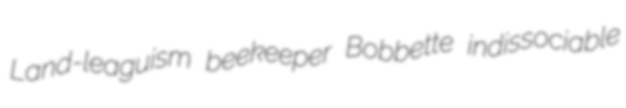
Land-leaguism beekeeper Bobbette indissociable